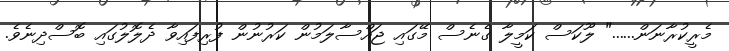
މެރީކުރާނަން......" ލޫކަސް ކަމީލާ ގެނެސް މޭގައި ޖައްސާލަމުން ކަރުނުން ފުރިފައިވާ ދެލޮލުގައި ބޮސްދިނެވެ.